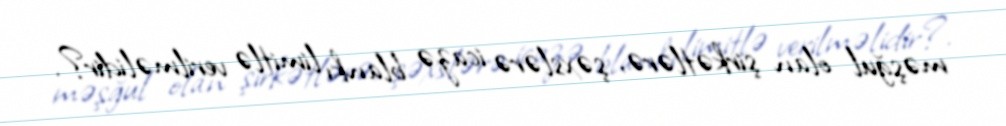
məşğul olan şirkətlərə, şəxslərə icazə blankı limitlə verilməlidir?.